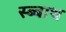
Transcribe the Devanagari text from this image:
स्ब्बाथ